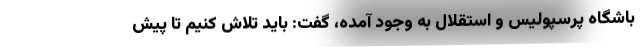
باشگاه پرسپولیس و استقلال به وجود آمده، گفت: باید تلاش کنیم تا پیش